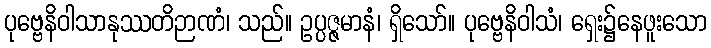
ပုဗ္ဗေနိဝါသာနုဿတိဉာဏံ၊ သည်။ ဥပ္ပဇ္ဇမာနံ၊ ရှိသော်။ ပုဗ္ဗေနိဝါသံ၊ ရှေး၌နေဖူးသော